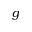
g